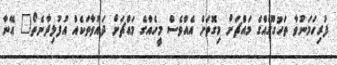
ފުރިހަމަނުވާ ތަހުގޫގެއްގެ މައްޗަށް މިގޮތަށް އެއްވެސް މީހެއްގެ މައްޗަށް ދައުވާތަކެއް އުފުލިދާނެތޯ" އޭނާ